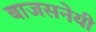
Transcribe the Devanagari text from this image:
बाजसनेयी